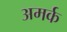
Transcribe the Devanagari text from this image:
अमर्क